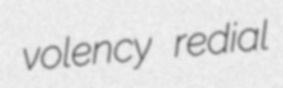
volency redial